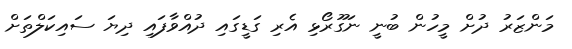
މަންޒަރު ދުށް މީހުން ބުނީ ނަގޫރޯޅި އެރި ގަޑީގައި ދުއްވާފައި ދިޔަ ސައިކަލްތަށް